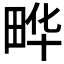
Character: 𮵀